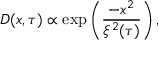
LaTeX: D ( x , \tau ) \propto \exp \left( \frac { - x ^ { 2 } } { \xi ^ { 2 } ( \tau ) } \right) ,